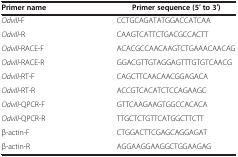
<table><thead><tr><td><b>Primer name</b></td><td><b>Primer sequence (5′ to 3′)</b></td></tr></thead><tbody><tr><td><i>Odvill</i>-F</td><td>CCTGCAGATATGGACCATCAA</td></tr><tr><td><i>Odvill</i>-R</td><td>CAAGTCATTCTGACGCCACTT</td></tr><tr><td><i>Odvill</i>-RACE-F</td><td>ACACGCCAACAAGTCTGAAACAACAG</td></tr><tr><td><i>Odvill</i>-RACE-R</td><td>GGACGTTGTAGGAGTTTGTGTCAACG</td></tr><tr><td><i>Odvill</i>-RT-F</td><td>CAGCTTCAACAACGGAGACA</td></tr><tr><td><i>Odvill</i>-RT-R</td><td>ACCGTCACATCTCCAGAAGC</td></tr><tr><td><i>Odvill</i>-QPCR-F</td><td>GTTCAAGAAGTGGCCACACA</td></tr><tr><td><i>Odvill</i>-QPCR-R</td><td>TTGCTCTGTTCATGGCTTCTT</td></tr><tr><td>β-actin-F</td><td>CTGGACTTCGAGCAGGAGAT</td></tr><tr><td>β-actin-R</td><td>AGGAAGGAAGGCTGGAAGAG</td></tr></tbody></table>